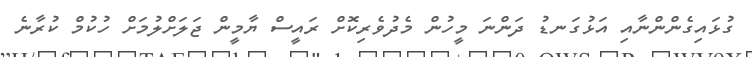
ގުޅައިގެންންނާއި އަޅުގަނޑު ދަންނަ މީހުން މެދުވެރިކޮށް ރައީސް ޔާމީން ޖަލަށްލުމަށް ހުކުމް ކުރާނެ